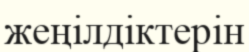
жеңілдіктерін